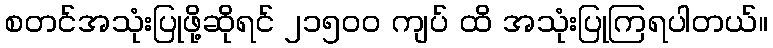
စတင်အသုံးပြုဖို့ဆိုရင် ၂၁၅၀၀ ကျပ် ထိ အသုံးပြုကြရပါတယ်။